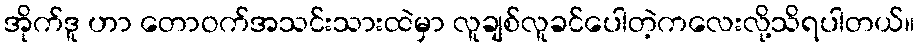
အိုက်ဒူ ဟာ တောဝက်အသင်းသားထဲမှာ လူချစ်လူခင်ပေါတဲ့ကလေးလို့သိရပါတယ်။